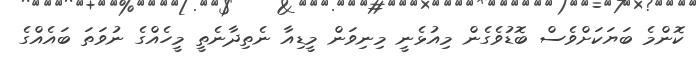
ކޮންމެ ބަޔަކަށްވެސް ބޮޑުވެގެން މިއުޅެނީ މިނިވަން މީޑިއާ ނެތިދާނެތީ މީހެއްގެ ނުވަތަ ބައެއްގެ